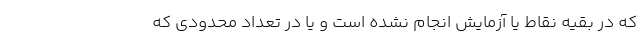
که در بقیه نقاط یا آزمایش انجام نشده است و یا در تعداد محدودی که